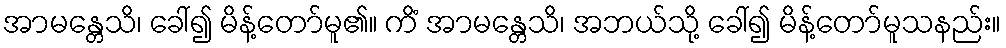
အာမန္တေသိ၊ ခေါ်၍ မိန့်တော်မူ၏။ ကိံ အာမန္တေသိ၊ အဘယ်သို့ ခေါ်၍ မိန့်တော်မူသနည်း။